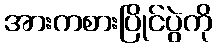
အားကစားပြိုင်ပွဲကို